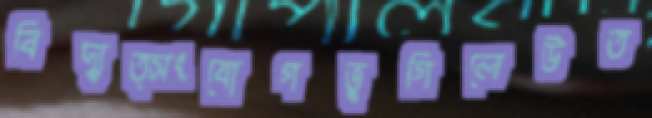
বিদ্যুত্সংযোগভুগিলেউত